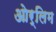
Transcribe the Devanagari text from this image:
ओर्लिम